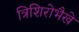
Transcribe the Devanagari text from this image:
त्रिशिरोभैखे